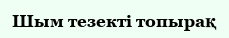
Шым тезекті топырақ